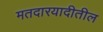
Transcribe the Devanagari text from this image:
मतदारयादीतील